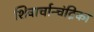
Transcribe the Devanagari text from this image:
शिवार्चान्चंद्रिका